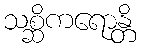
သစ္ဆိကရောန္တိ